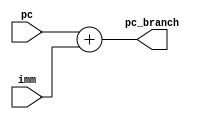
module addsum (input [31:0] pc, imm,
               output [31:0] pc_branch);
assign pc_branch= pc + imm;
endmodule